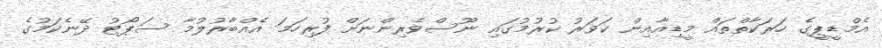
އެމްޑީޕީގެ ހަރަކާތްތައް މީޑިއާއިން ކަވަރު ކުރުމުގައި ނޫސްވެރިންނަށް ފުރިހަމަ އެއްބާރުލުމާ ސަޕޯޓު ދޭނެކަމުގެ